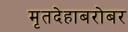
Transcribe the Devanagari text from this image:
मृतदेहाबरोबर